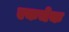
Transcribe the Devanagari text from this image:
एकचेक